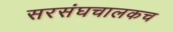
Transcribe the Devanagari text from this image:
सरसंघचालकच